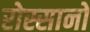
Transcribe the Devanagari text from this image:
रोस्सानो